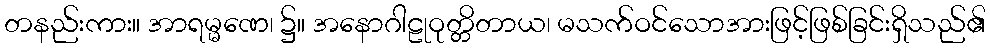
တနည်းကား။ အာရမ္မဏေ၊ ၌။ အနောဂါဠုဝုတ္တိတာယ၊ မသက်ဝင်သောအားဖြင့်ဖြစ်ခြင်းရှိသည်၏